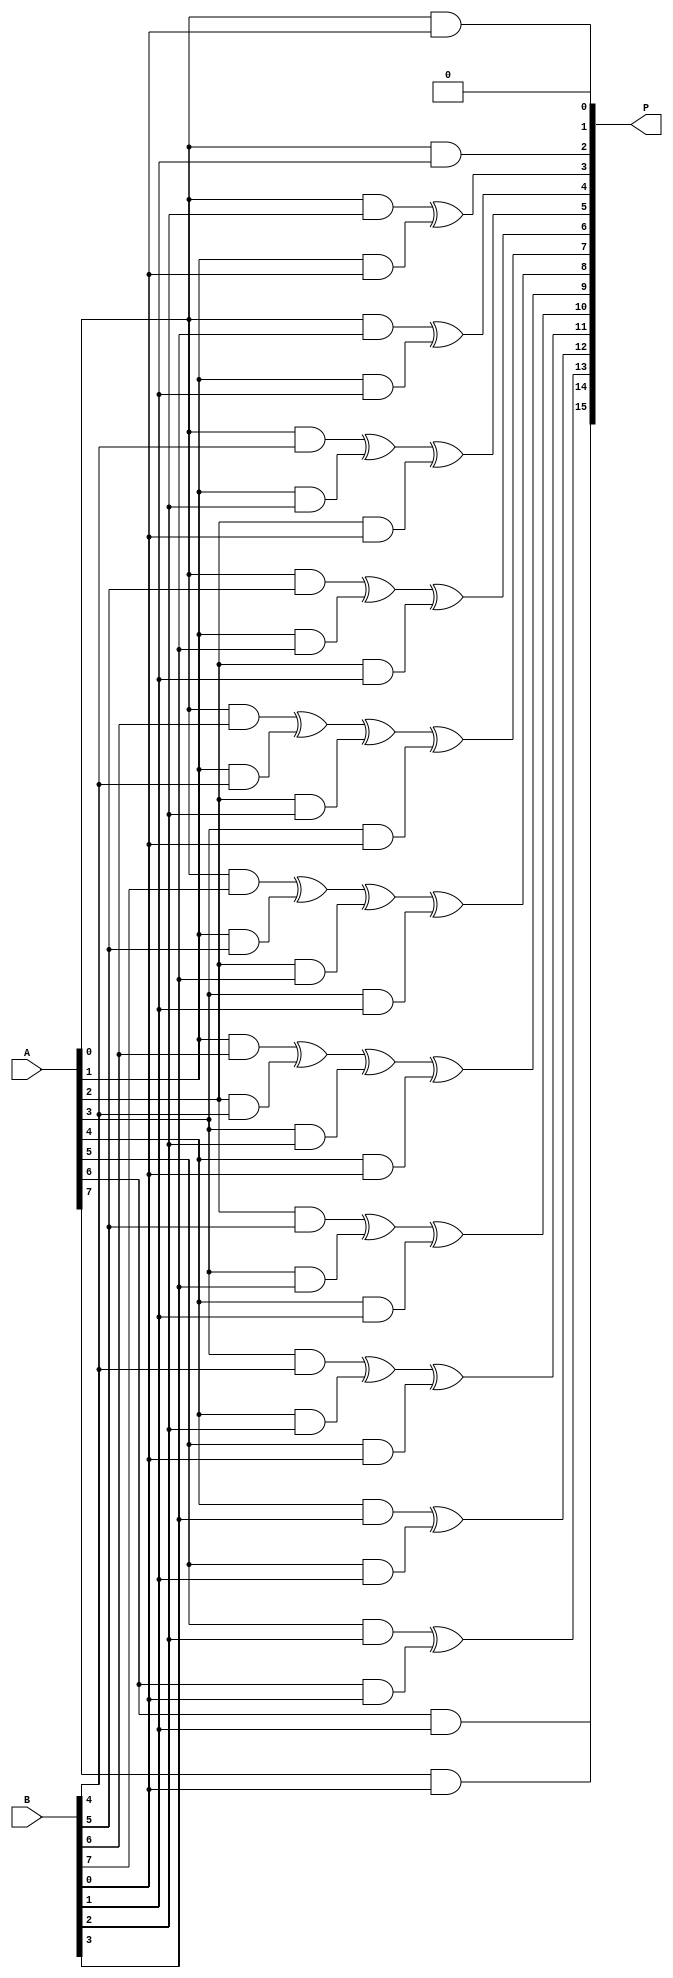
module dadda_multiplier (
    input [7:0] A, // 8-bit input A
    input [7:0] B, // 8-bit input B
    output reg [15:0] P // 16-bit product output P
);

reg [7:0] PP [7:0]; // Partial products matrix
reg [4:0] rows, cols; // Array indices

// Generate partial products
always @(*)
begin
    for (rows = 0; rows < 8; rows = rows + 1) begin
        for (cols = 0; cols < 8; cols = cols + 1) begin
            if (cols >= rows)
                PP[rows][cols] = A[rows] & B[cols - rows]; // Perform multiplication
            else
                PP[rows][cols] = 0; // Fill with zeros
        end
    end
end

// Modified adder for partial product accumulation
always @(*)
begin
    P = 0;
    for (cols = 0; cols < 15; cols = cols + 1) begin
        for (rows = 0; rows < 8; rows = rows + 1) begin
            if ((cols - rows) >= 0 && (cols - rows) < 8)
                P[cols + 1] = P[cols + 1] ^ PP[rows][(cols - rows)]; // XOR operation
        end
    end
end

endmodule